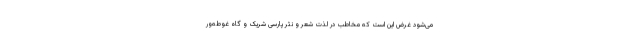
می‌شود غرض این است که مخاطب در لذت شعر و نثر پارسی شریک و گاه غوطه‌ور